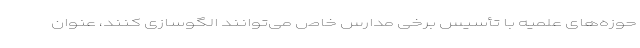
حوزه‌های علمیه با تأسیس برخی مدارس خاص می‌توانند الگوسازی کنند، عنوان